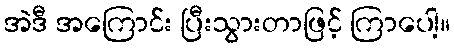
အဲဒီ အကြောင်း ပြီးသွားတာဖြင့် ကြာပေါ့။